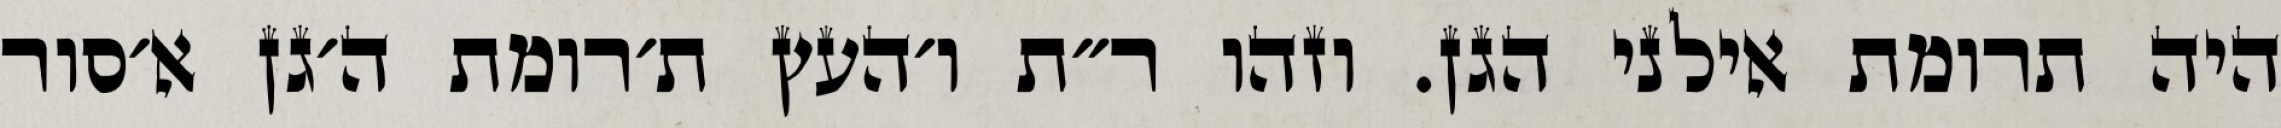
היה תרומת אילני הגן. וזהו ר״ת ו׳העץ ת׳רומת ה׳גן א׳סור